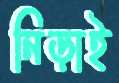
নিড়াই